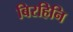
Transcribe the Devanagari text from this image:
बिरहिनि